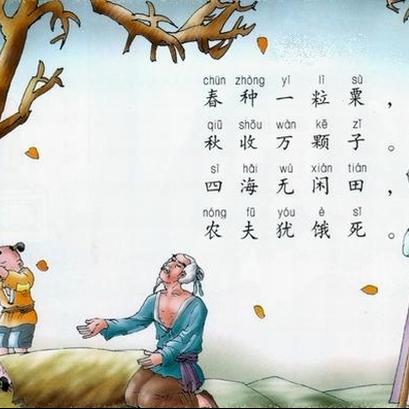
四海无闲田，农夫犹饿死。